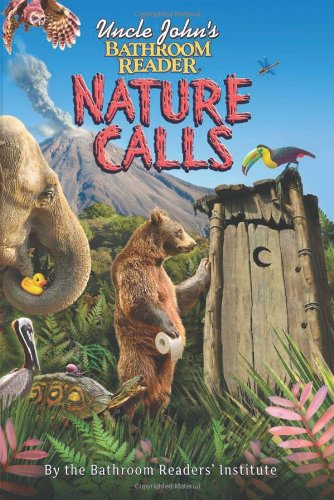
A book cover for Uncle John's Bathroom Reader Nature Calls (Uncle John's Bathroom Readers); Bathroom Readers' Institute; Humor & Entertainment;